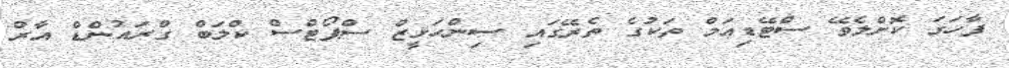
ފާހަގަ ކޮށްލެވޭ ސްޓޭޑިއަމް ތަކުގެ ތެރޭގައި ސިންހަޅީޒް ސްޕޯޓްސް ކްލަބް ގްރައުންޑް އާރް